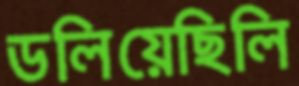
ডলিয়েছিলি